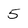
Character: 5